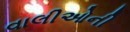
વાલીઓની